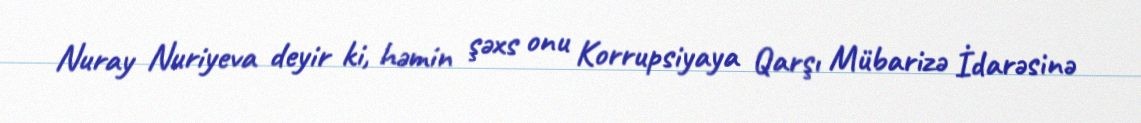
Nuray Nuriyeva deyir ki, həmin şəxs onu Korrupsiyaya Qarşı Mübarizə İdarəsinə